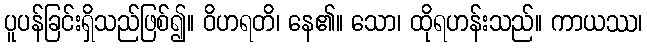
ပူပန်ခြင်းရှိသည်ဖြစ်၍။ ဝိဟရတိ၊ နေ၏။ သော၊ ထိုရဟန်းသည်။ ကာယဿ၊